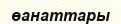
өанаттары